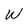
Character: w